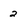
Character: 2